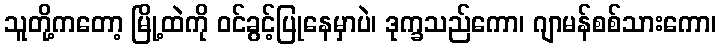
သူတို့ကတော့ မြို့ထဲကို ဝင်ခွင့်ပြုနေမှာပဲ၊ ဒုက္ခသည်ကော၊ ဂျာမန်စစ်သားကော၊